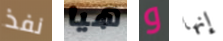
نفذ هيا و إنها